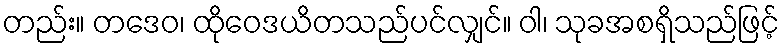
တည်း။ တဒေဝ၊ ထိုဝေဒယိတသည်ပင်လျှင်။ ဝါ၊ သုခအစရှိသည်ဖြင့်